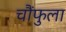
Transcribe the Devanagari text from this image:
चौंफुला